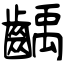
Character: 齲